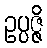
ဥပ္ပဇ္ဇိ